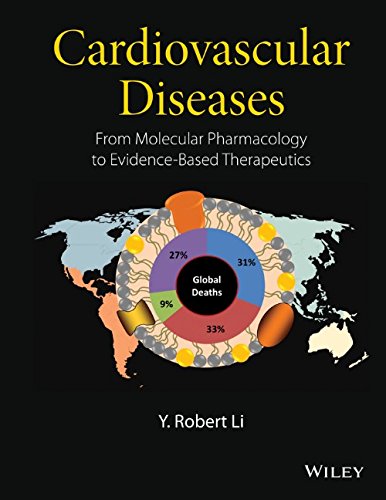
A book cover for Cardiovascular Diseases: From Molecular Pharmacology to Evidence-Based Therapeutics; Y. Robert Li; Medical Books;